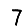
Digit: 7